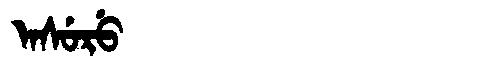
Manchu: ᠠᠰᡠᡵᡠ
Romanization: ASURU